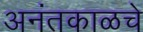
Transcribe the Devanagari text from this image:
अनंतकाळचे